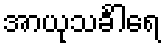
အာယုသင်္ခါရေ